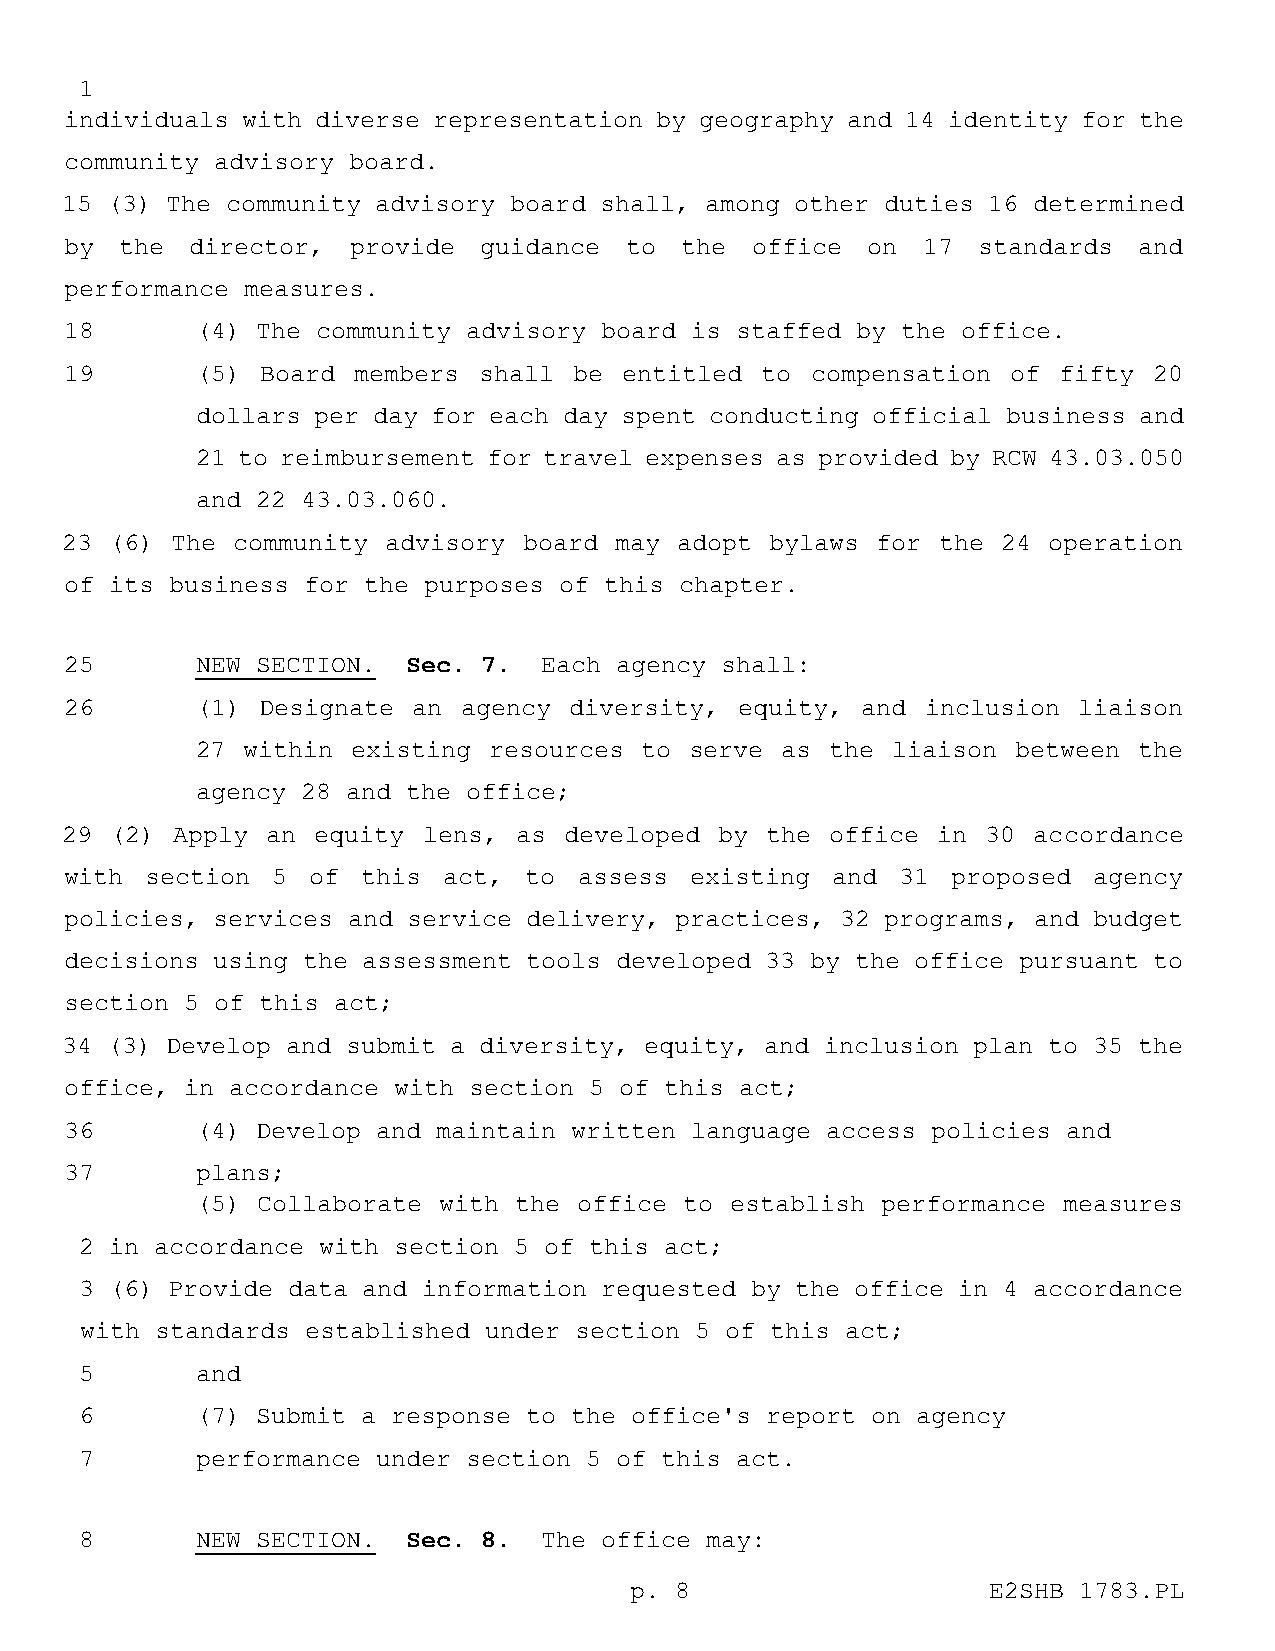
1
 individuals with diverse representation by geography and 14 identity for the
 community advisory board.
 15 (3) The community advisory board shall, among other duties 16 determined
 by  the  director, provide  guidance to  the  office on  17  standards and
 performance measures.
 18       (4) The community advisory board is staffed by the office.
 19       (5) Board members  shall be entitled to  compensation of fifty 20
 dollars per day for each day spent conducting official business and
 21 to reimbursement for travel expenses as provided by RCW 43.03.050
 and 22 43.03.060.
 23 (6) The community  advisory board may adopt bylaws for the 24 operation
 of its business for the purposes of this chapter.
 25       NEW SECTION.  Sec. 7.  Each agency shall:
 26       (1) Designate an  agency diversity, equity, and inclusion liaison
 27 within existing resources  to serve as the liaison between the
 agency 28 and the office;
 29 (2) Apply  an equity lens, as developed  by the office in 30 accordance
 with  section 5 of  this act,  to assess  existing and  31 proposed agency
 policies, services and service delivery, practices, 32 programs, and budget
 decisions using the assessment tools developed 33 by the office pursuant to
 section 5 of this act;
 34 (3) Develop and submit a diversity, equity, and inclusion plan to 35 the
 office, in accordance with section 5 of this act;
 36       (4) Develop and maintain written language access policies and
 37       plans;
 (5) Collaborate with the office to establish performance measures
 2 in accordance with section 5 of this act;
 3 (6) Provide data and information requested by the office in 4 accordance
 with standards established under section 5 of this act;
 5       and
 6       (7) Submit a response to the office's report on agency
 7       performance under section 5 of this act.
 8       NEW SECTION.  Sec. 8.  The office may:
 p. 8                   E2SHB 1783.PL